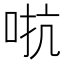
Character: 𫩽